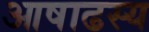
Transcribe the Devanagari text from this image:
आषाढस्य